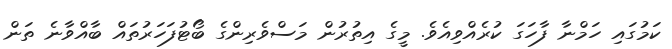
ކަމުގައި ހަމްނާ ފާހަގަ ކުރެއްވިއެވެ. މީގެ އިތުރުން މަސްވެރިންގެ ބޯޓުފަހަރުތައް ބާއްވާނެ ތަން